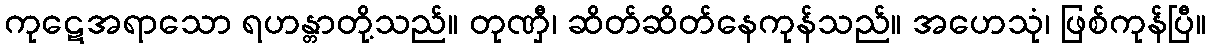
ကုဋေအရာသော ရဟန္တာတို့သည်။ တုဏှီ၊ ဆိတ်ဆိတ်နေကုန်သည်။ အဟေသုံ၊ ဖြစ်ကုန်ပြီ။